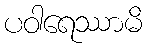
ပဝါရေဿာမိ